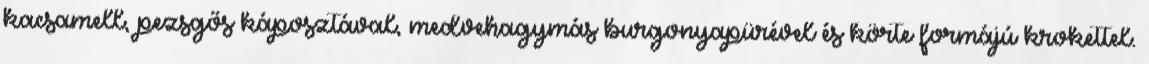
kacsamell, pezsgős káposztával, medvehagymás burgonyapürével és körte formájú krokettel.